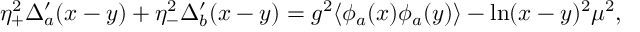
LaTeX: \eta _ { + } ^ { 2 } \Delta _ { a } ^ { \prime } ( x - y ) + \eta _ { - } ^ { 2 } \Delta _ { b } ^ { \prime } ( x - y ) = g ^ { 2 } \langle \phi _ { a } ( x ) \phi _ { a } ( y ) \rangle - \ln ( x - y ) ^ { 2 } \mu ^ { 2 } ,